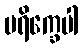
ပရိက္ခေပါ